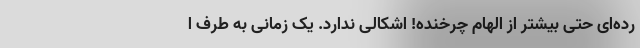
رده‌ای حتی بیشتر از الهام چرخنده! اشکالی ندارد. یک زمانی به طرف ا